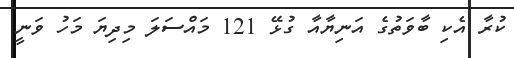
ކުރާ އެކި ބާވަތުގެ އަނިޔާއާ ގުޅޭ 121 މައްސަލަ މިދިޔަ މަހު ވަނީ